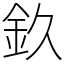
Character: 𨥆